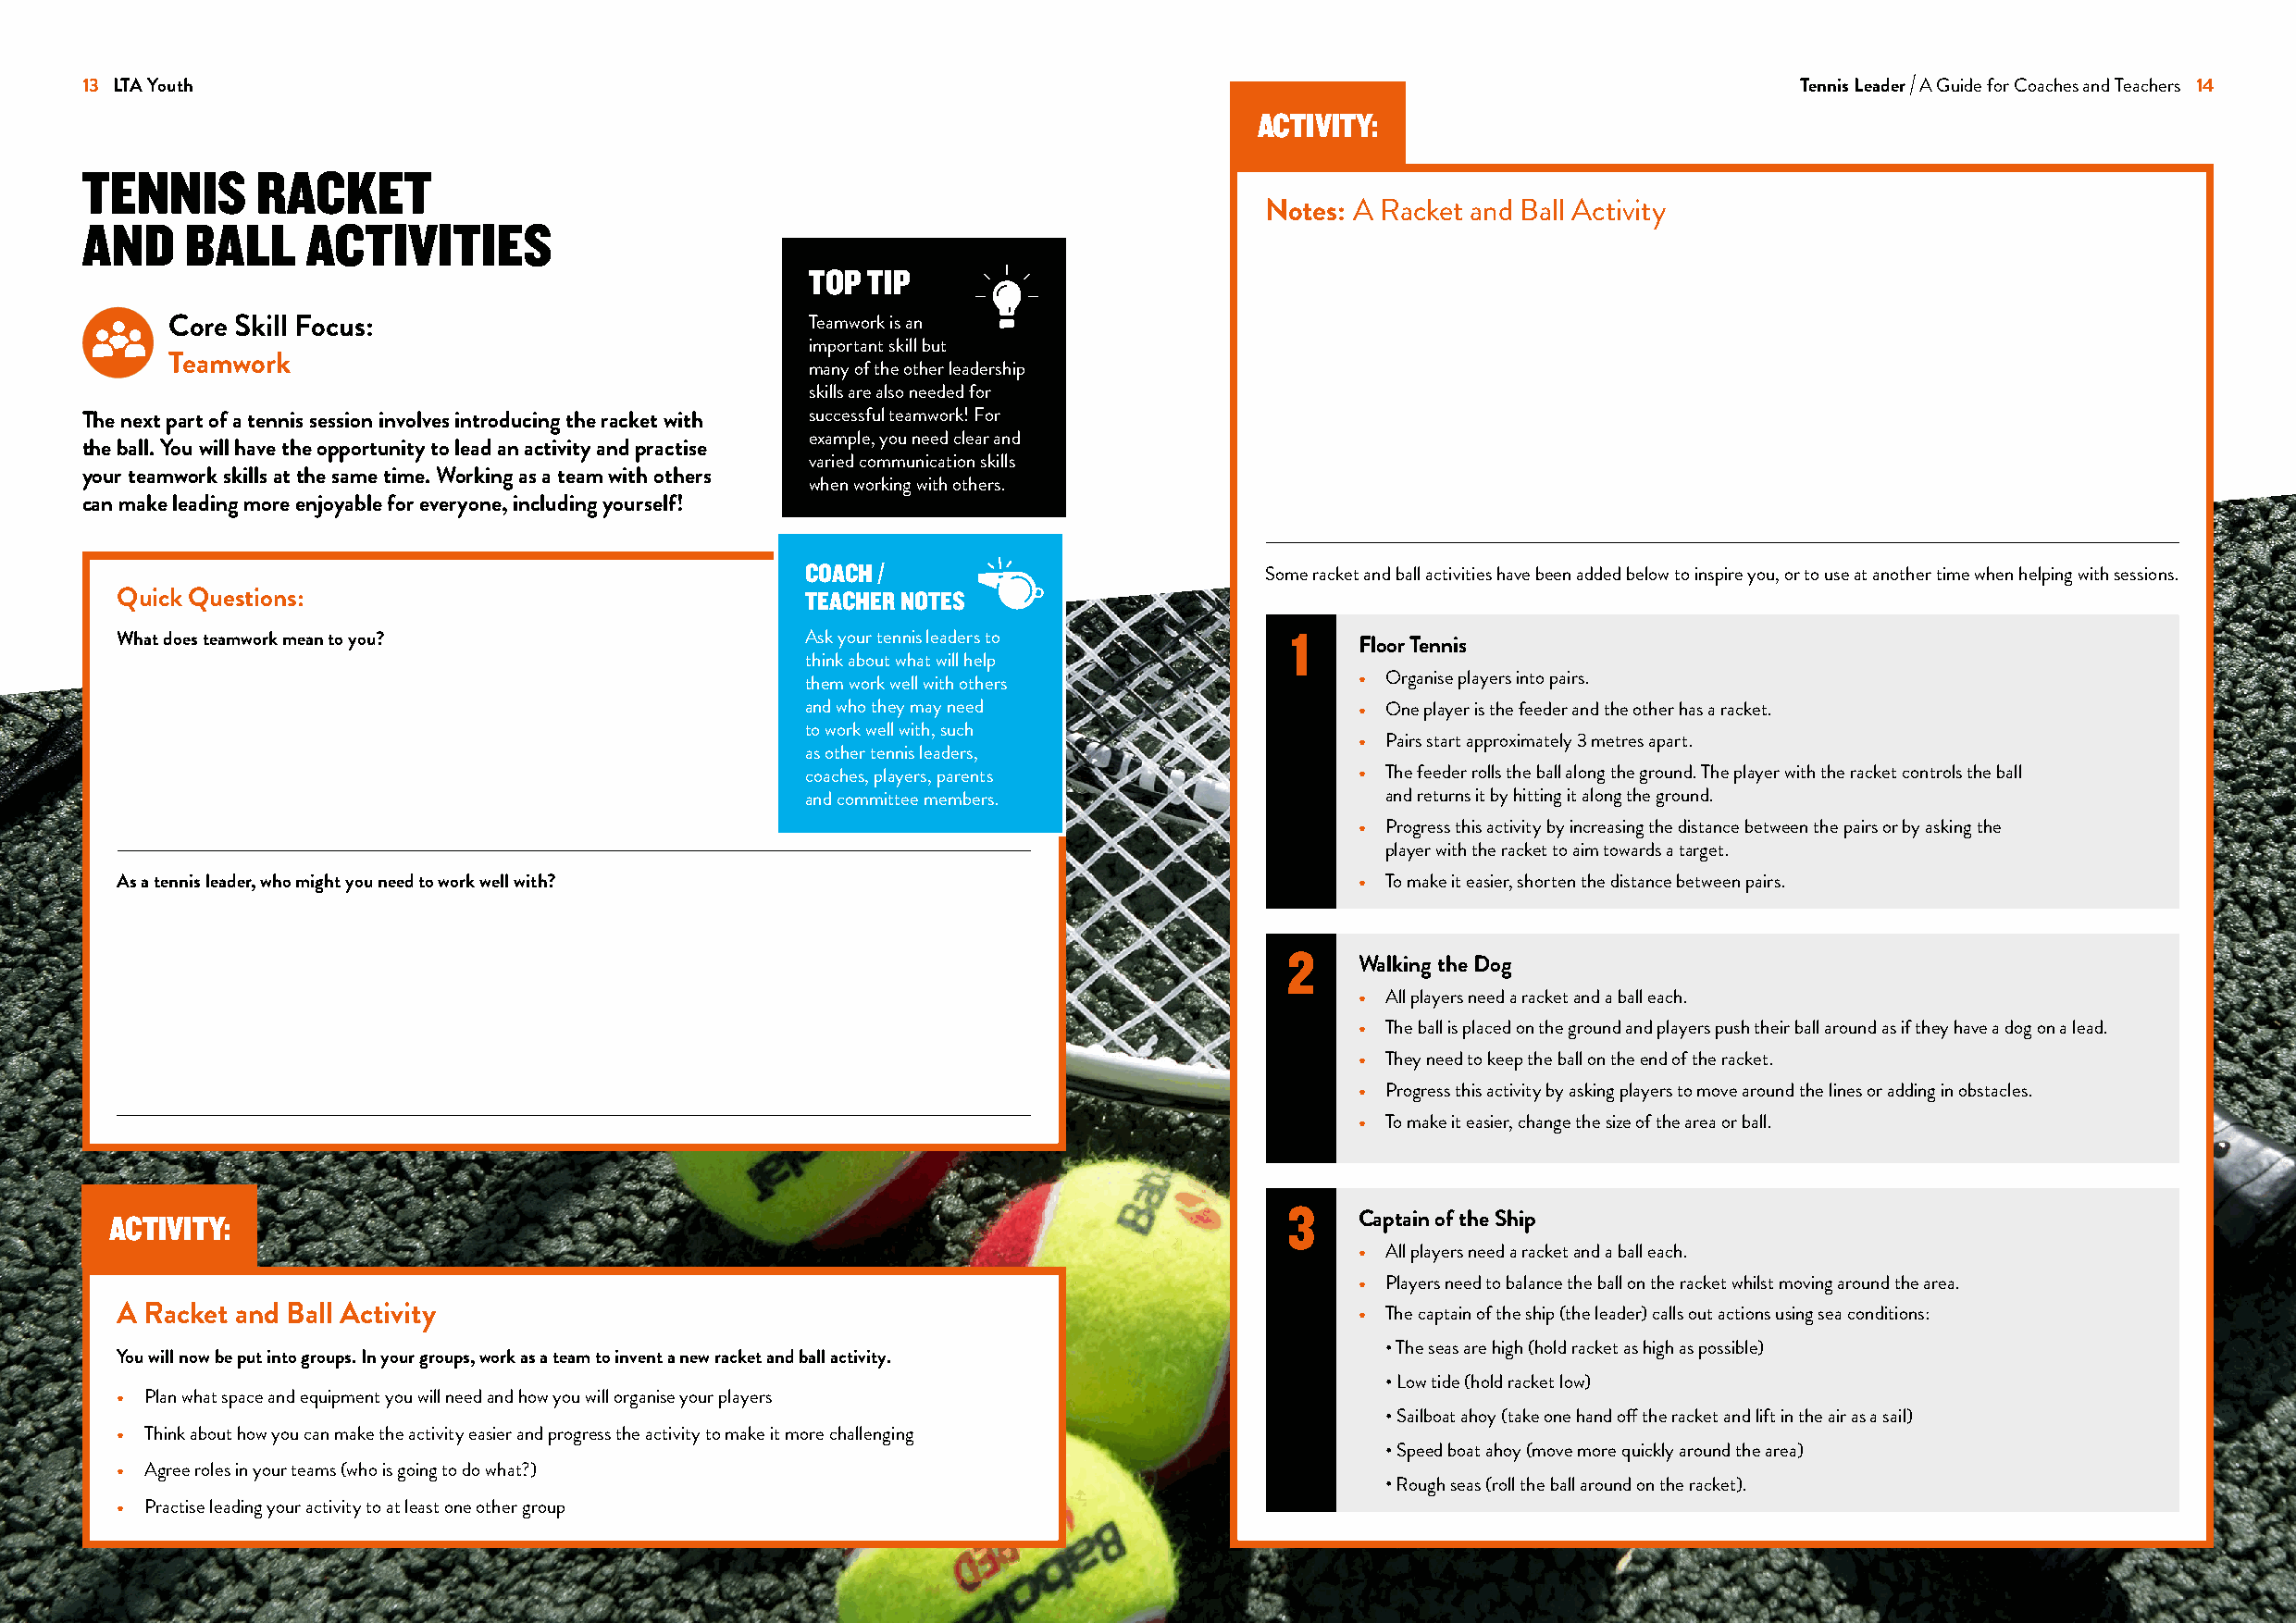
13 LTA Youth                                                                                                               Tennis Leader A Guide for Coaches and Teachers 14
 ACTIVITY:
 TENNIS      RACKET
 Notes: A Racket and Ball Activity
 AND    BALL     ACTIVITIES
 TOP TIP
 Core Skill Focus:                             Teamwork is an
 important skill but
 Teamwork
 many of the other leadership
 skills are also needed for
 The next part of a tennis session involves introducing the racket with successful teamwork! For
 example, you need clear and
 the ball. You will have the opportunity to lead an activity and practise
 varied communication skills
 your teamwork skills at the same time. Working as a team with others
 when working with others.
 can make leading more enjoyable for everyone, including yourself!
 COACH /
 Some racket and ball activities have been added below to inspire you, or to use at another time when helping with sessions.
 Quick Questions:                                  TEACHER NOTES
 What does teamwork mean to you?                   Ask your tennis leaders to        1    Floor Tennis
 think about what will help
 them work well with others             • Organise players into pairs.
 and who they may need                  • One player is the feeder and the other has a racket.
 to work well with, such
 • Pairs start approximately 3 metres apart.
 as other tennis leaders,
 coaches, players, parents              • The feeder rolls the ball along the ground. The player with the racket controls the ball
 and committee members.                   and returns it by hitting it along the ground.
 • Progress this activity by increasing the distance between the pairs or by asking the
 player with the racket to aim towards a target.
 As a tennis leader, who might you need to work well with?                                • To make it easier, shorten the distance between pairs.
 2
 Walking the Dog
 • All players need a racket and a ball each.
 • The ball is placed on the ground and players push their ball around as if they have a dog on a lead.
 • They need to keep the ball on the end of the racket.
 • Progress this activity by asking players to move around the lines or adding in obstacles.
 • To make it easier, change the size of the area or ball.
 3
 ACTIVITY:                                                                                Captain of the Ship
 • All players need a racket and a ball each.
 • Players need to balance the ball on the racket whilst moving around the area.
 A Racket and Ball Activity                                                               • The captain of the ship (the leader) calls out actions using sea conditions:
 • The seas are high (hold racket as high as possible)
 You will now be put into groups. In your groups, work as a team to invent a new racket and ball activity.
 • Low tide (hold racket low)
 • Plan what space and equipment you will need and how you will organise your players
 • Sailboat ahoy (take one hand off the racket and lift in the air as a sail)
 • Think about how you can make the activity easier and progress the activity to make it more challenging
 • Speed boat ahoy (move more quickly around the area)
 • Agree roles in your teams (who is going to do what?)
 • Rough seas (roll the ball around on the racket).
 • Practise leading your activity to at least one other group